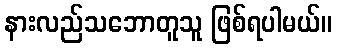
နားလည်သဘောတူသူ ဖြစ်ရပါမယ်။